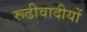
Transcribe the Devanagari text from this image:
रूढीवादीयों